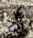
ألا